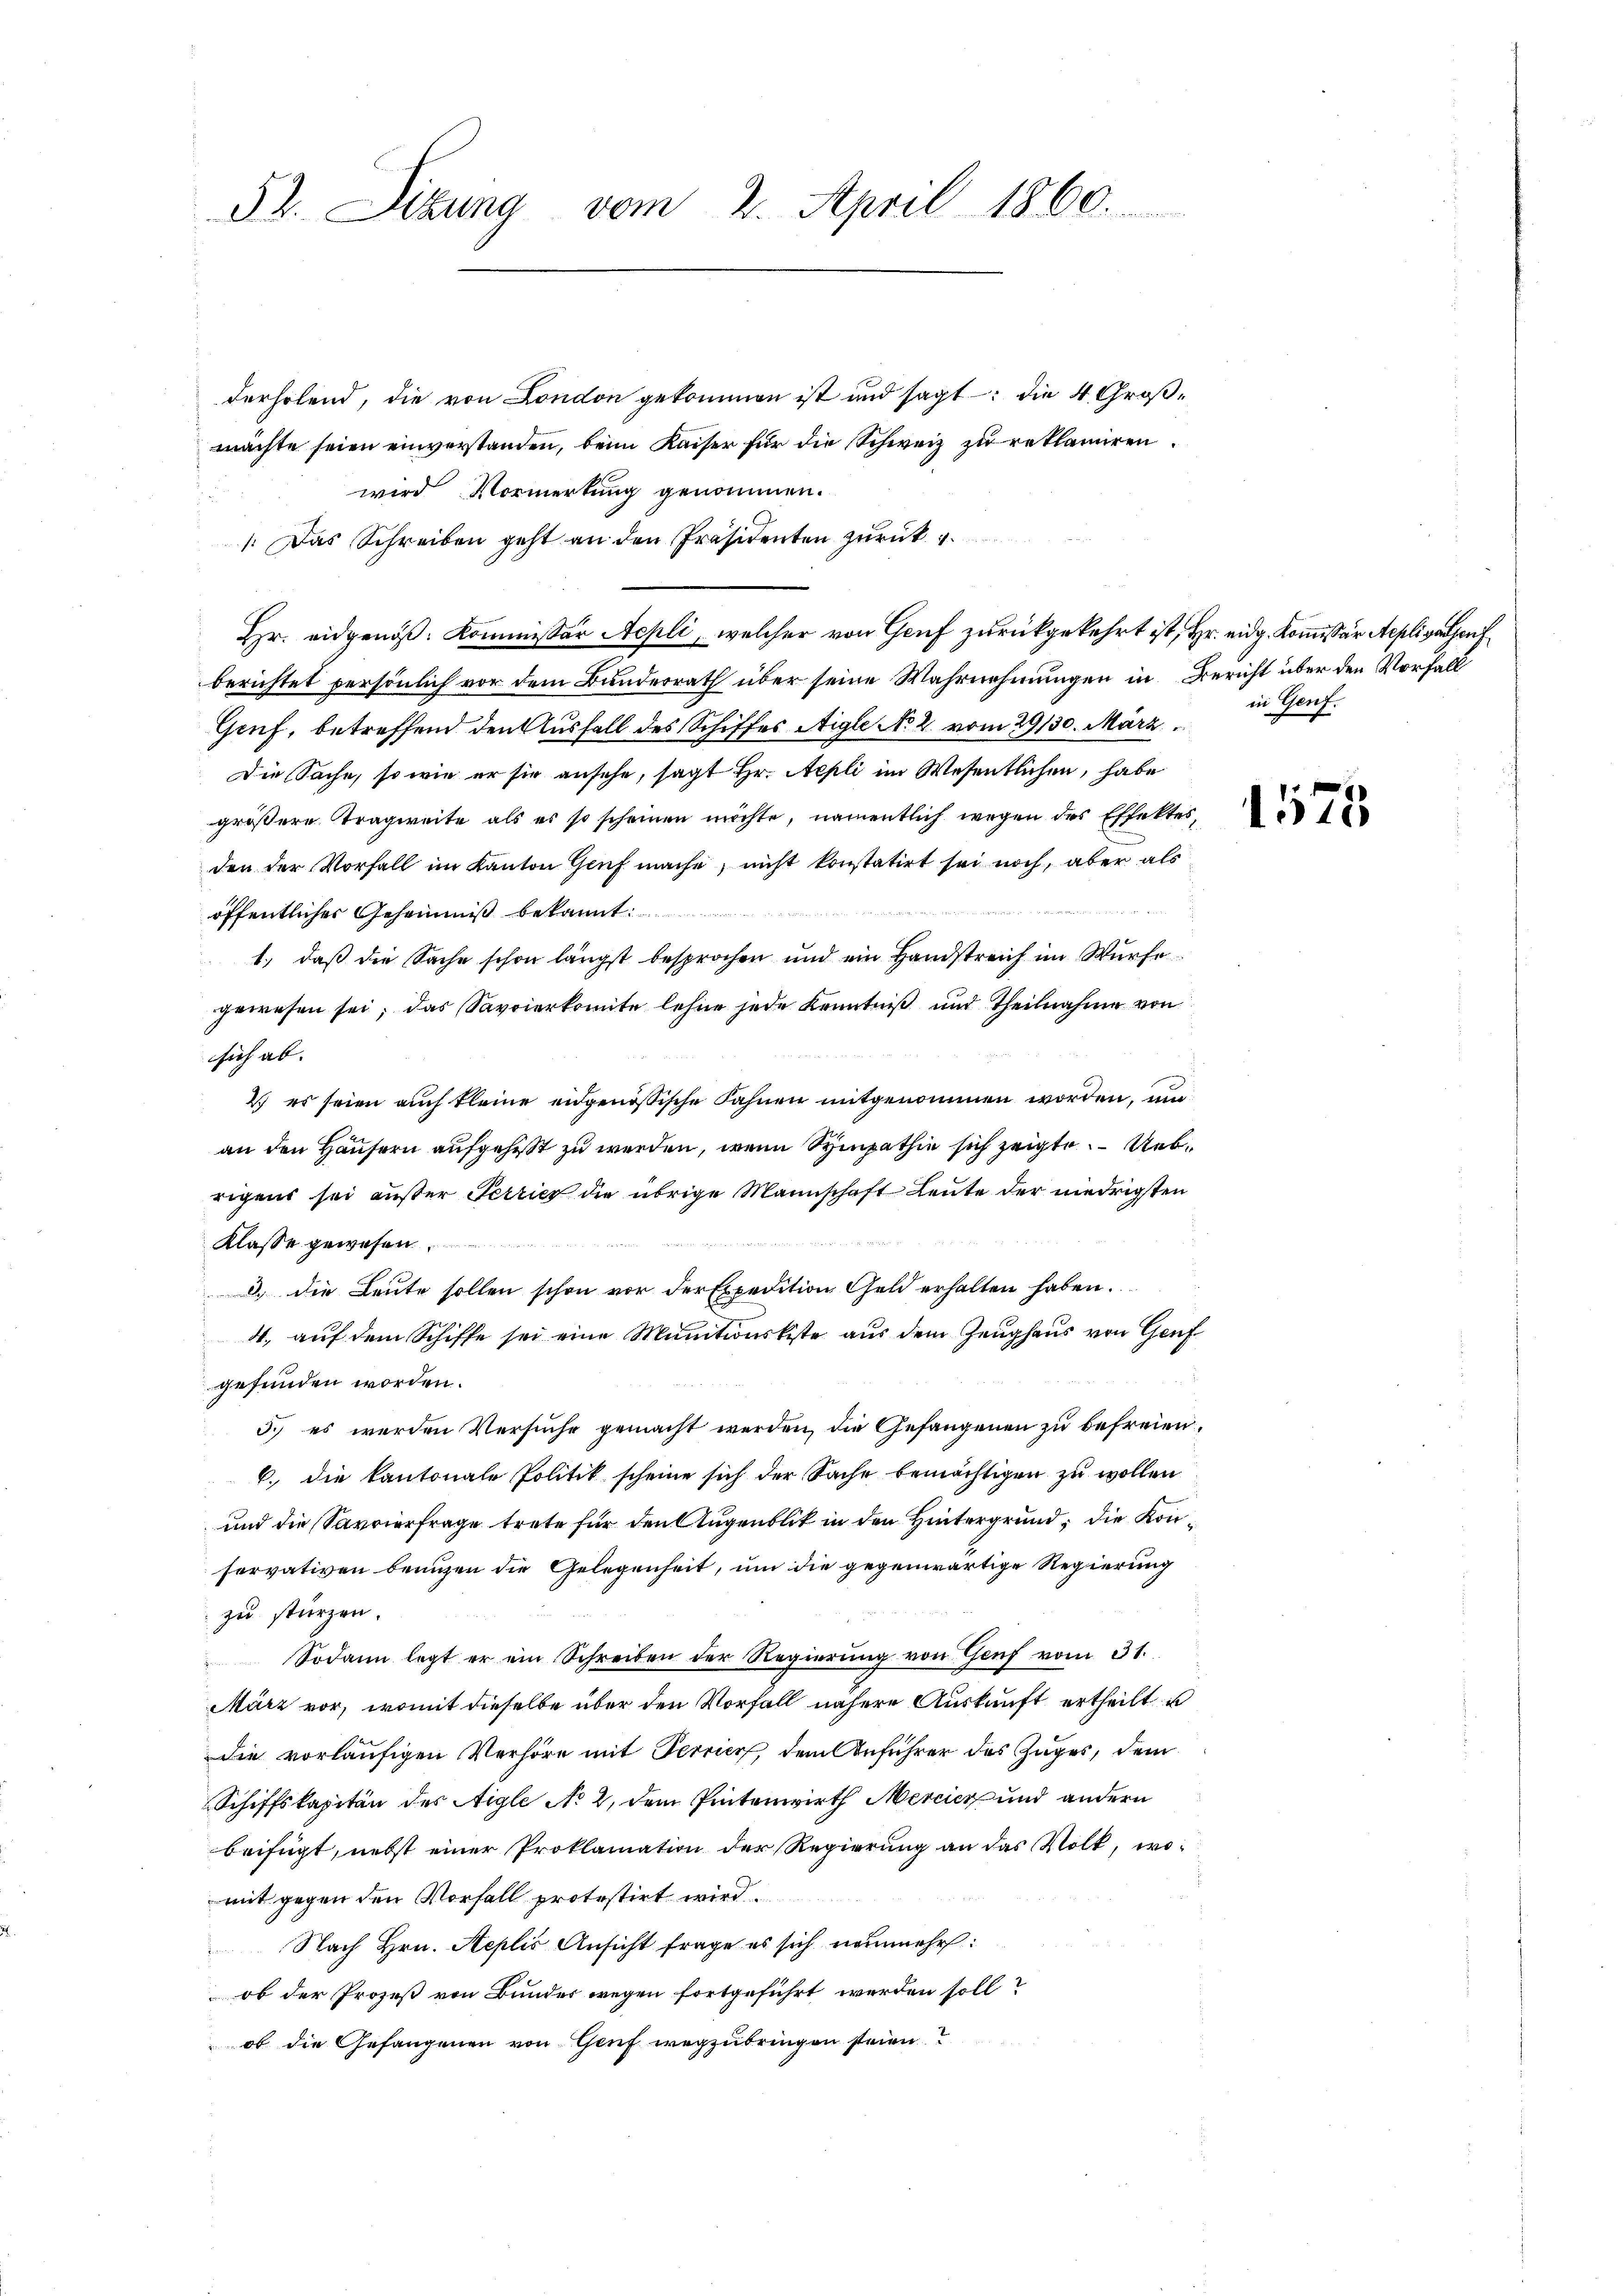
52. Sitzung vom 2. April 1860.

derholend, die von London gekommen ist und sagt: die 4 Großmachte seien einverstanden, beim Kaiser für die Schweiz zu reklamiren.
wird Vormerkung genommen.
/. Das Schreiben geht an den Präsidenten zurück
Hr. eidgenöß: Kommissär Aepli, welcher von Genf zurückgekehrt ist, Hr. eidg. Kommissär Aepliger auf
berichtet persönlich vor dem Bunderrath über seine Wahrnehmungen in Bericht über den Vorfall
Gruf, betreffend den Ausfall des Schiffes Aigle No 2. vom 29130. März
Die Sache, so wie er sie ansehe, sagt Hr. Nepli im Wesentlichen, habe
größere Tragweite als es so scheinen möchte, namentlich wegen der Effektes,
den der Vorfall im Kanton Genf mache, nicht konstatirt sei noch, aber als

öffentlicher Geheimis bekannt.
1., daß die Sache schon längst besprochen und ein Handstreich im Würfe
gewesen sei; das Savoierkomite lehne jede Kenntniß und Theilnahme von
sich ab. |
2. es seien auch kleine eidgenössische Fahnen mitgenommen worden, um
an den Häusern aufgehest zu werden, wenn Sympathie sich zeigte. Uebrigens sei außer Terrich die übrige Mannschaft Leute der niedrigsten
Klasse gewesen.
. die Leute sollen schon vor der Expedition Geld erhalten haben.
4., auf dem Schiffe sei eine Muntwürkiste aus dem Zeughaus von Genf
gefunden worden.
3.) es werden Versuche gemacht werden, die Gefangenen zu befreien,
6. die Kantonale Politik scheine sich der Sache bemächtigen zu wollen
und die Savierfrage trete für den Augenblik in den Hintergrund, die Konservativen benuzen die Gelegenheit, um die gegenwärtige Regierung
zu stürzen.
Sodann legt er ein Schreiben der Regierŭng von Genf vom 31.
März vor, womit dieselbe über den Vorfall nähere Auskunft ertheilt u
die vorläufigen Verhöre mit Terrier, dem Anführer des Zuges, dem
Schiffskapitän des Aigle No 2, dem Petenwirth Mercier und andern
beifügt, nebst einer Proklamation der Regierung an das Volk, wo-
mit gegen den Vorfall protestirt wird
Nach Hrn. Replis Ansicht frage es sich neunmehr:
ob der Prozeß von Bundes wegen fortgeführt werden soll?
ob die Gefangenen von Genf wegzubringen steien?

in Genf.